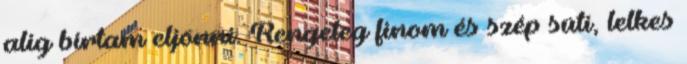
alig bírtam eljönni. Rengeteg finom és szép süti, lelkes